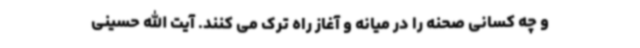
و چه کسانی صحنه را در میانه و آغاز راه ترک می کنند. آیت الله حسینی